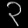
Digit: ၃